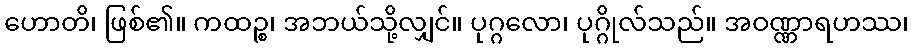
ဟောတိ၊ ဖြစ်၏။ ကထဉ္စ၊ အဘယ်သို့လျှင်။ ပုဂ္ဂလော၊ ပုဂ္ဂိုလ်သည်။ အဝဏ္ဏာရဟဿ၊